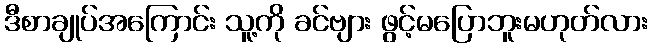
ဒီစာချုပ်အကြောင်း သူ့ကို ခင်ဗျား ဖွင့်မပြောဘူးမဟုတ်လား